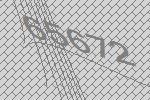
65672